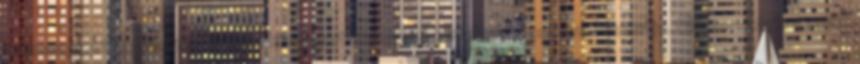
üzemanyagot fogyasztó, kevésbé környezetszennyező közlekedési eszközt használja. Olaszországban ennek